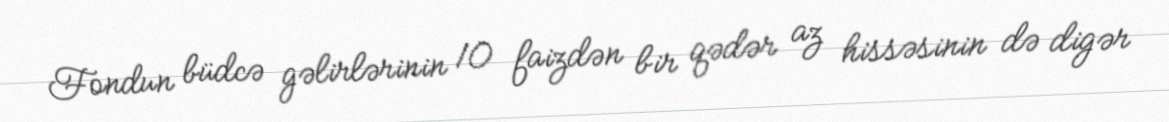
Fondun büdcə gəlirlərinin 10 faizdən bir qədər az hissəsinin də digər